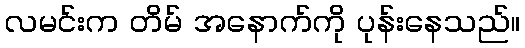
လမင်းက တိမ် အနောက်ကို ပုန်းနေသည်။